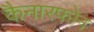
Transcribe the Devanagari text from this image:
कैनारफोन